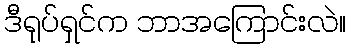
ဒီရုပ်ရှင်က ဘာအကြောင်းလဲ။